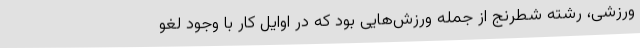
ورزشی، رشته شطرنج از جمله ورزش‌هایی بود که در اوایل کار با وجود لغو